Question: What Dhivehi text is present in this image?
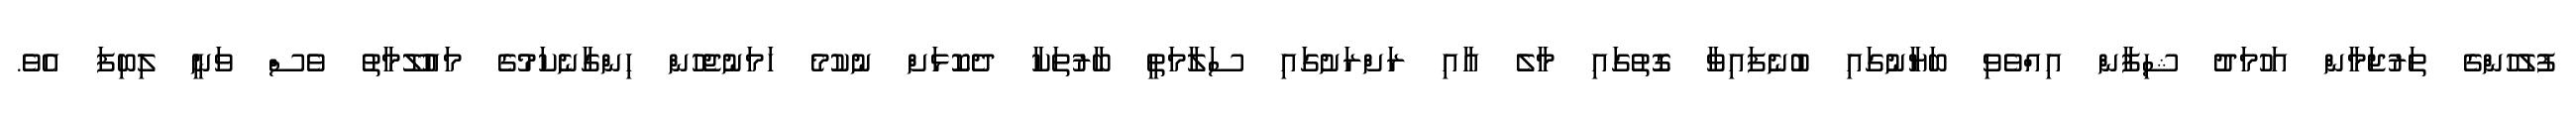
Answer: ފުލުހުންގެ ތަރުޖަމާން އަހުމަދު ޝިފާން އިއްވެވި ބަޔާނުގައި ބުނެފައިވާ ގޮތުގައި މާލެ އާއި ރަށްރަށުގައި ސަލާމަތީ ބާރުތަކާ ދެކޮޅަށް ނުކުމެ ހަމަނުޖެހުން ހިންގާނެކަމުގެ މައުލޫމާތު ވެސް ވަނީ ލިބިފަ އެވެ.